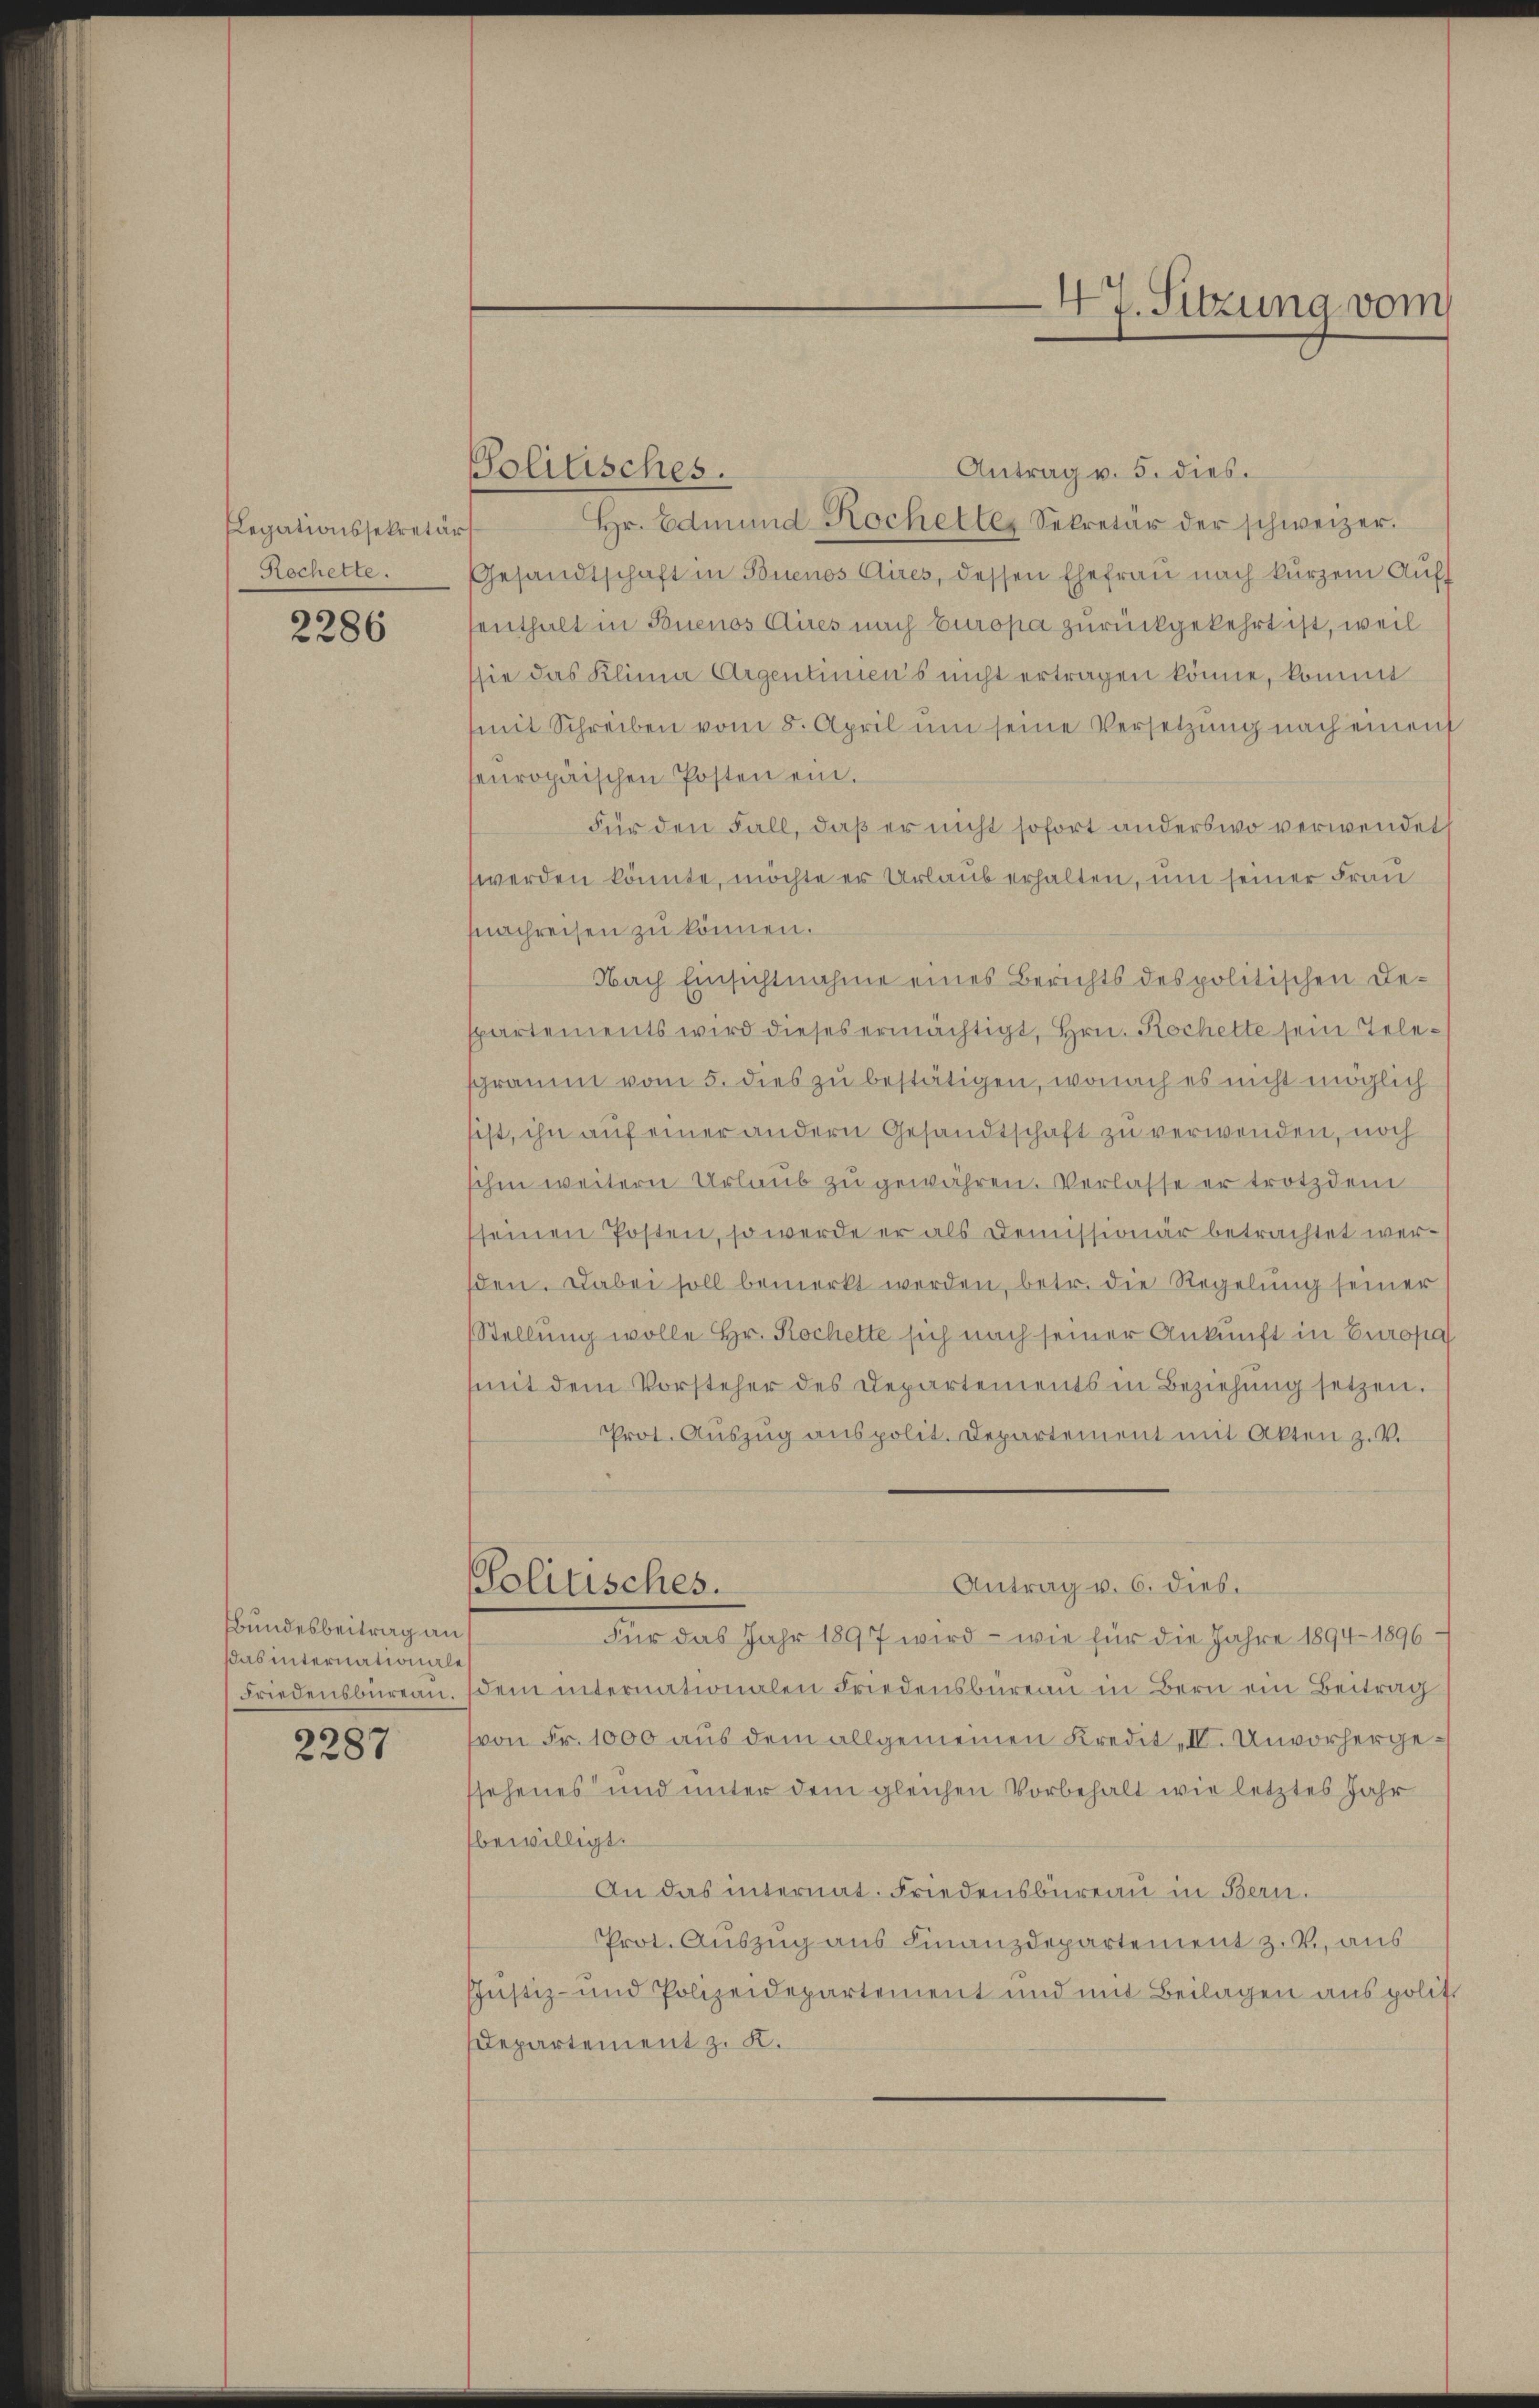
Legationssekretär
Rochelte.

2286

Bundesbeitrag an
das internationale

2287

Antrag v. 5. dies
Politisches.
Hr. Edmund Kocheller Sekretär der schweizer.
Gesandtschaft in Buenos Aires, dessen Ehefrau nach kurzem Auf-
enthalt in Buenos Aires nach Europa zurückgekehrt ist, weil
sie das Klina Argentimens nicht ertragen könne, kommt
(mit Schreiben vom 8. April ŭm seine Versetzŭng nach einem
seuropäischen Posten ein.
Für den Fall, daß er nicht sofort anderswo verwendet
werden könnte, möchte er Urlaub erhalten, um seiner Frau
fnachreisen zu können.
Nach Einsichtnahme eines Berichts des politischen Despartements wird dieses ermächtigt, Hrn. Rochette sein Telesphraum vom 5. dies zu bestätigen, wonach es nicht möglich
sist, ihn auf einer andern Gesandtschaft zu verwenden, noch
schen weitern Urlaub zu gewähren. Verlasse er trotzdem
seinen Posten, so werde er als Demissionär betrachtet werden. Dabei soll bemerkt werden, betr. die Regelung seiner
Stellung wolle Hr. Rochette sich nach seiner Ankunft in Europa
(mit dem Vorsteher des Departements in Beziehung setzen.
Prot. Auszug aus polit. Departement mit Akten z. V.
Antrag v. 6. dies.
Politisches.
Für das Jahr 1897 wird – wie für die Jahre 1894 - 1896
Friedensbüreau. (dem internationalen Friedensbureau in Bern ein Beitrag
von Fr. 1000 aus dem allgemeinen Kredit IV. Unvorhergessehenes und unter dem gleichen Vorbehalt wie letztes Jahr
bewilligt.
An das internat. Friedensbureau in Bern.
Prot. Auszug aus Finanzdepartement z. B., aus
JJustiz- und Polizeidepartement und mit Beilagen aus polit.
Departement z. K.

47. Sitzung vom